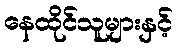
နေထိုင်သူများနှင့်